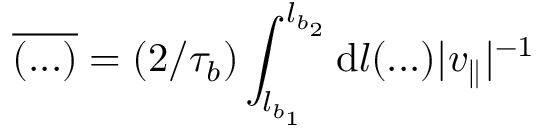
\overline { { ( . . . ) } } = ( 2 / \tau _ { b } ) \int _ { l _ { b _ { 1 } } } ^ { l _ { b _ { 2 } } } \mathrm { d } l ( . . . ) | v _ { \parallel } | ^ { - 1 }